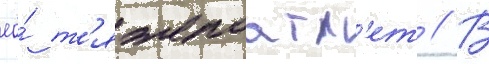
ео́ т'яжелоатл'ет // В